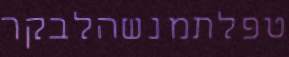
טפלתמנשהלבקר